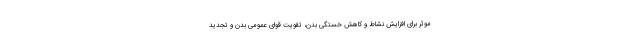
موثر برای افزایش نشاط و کاهش خستگی بدن، تقویت قوای عمومی بدن و تجدید